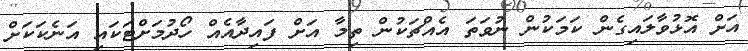
އަށް އޮޅުވާލައިގެން ކަމަކުން ނުވަތަ އެއްޗަކުން ތިމާ އަށް ފައިދާއެއް ހޯދުމަށްޓަކައި އަނެކަކަށް